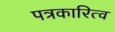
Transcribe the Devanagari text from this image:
पत्रकारित्व